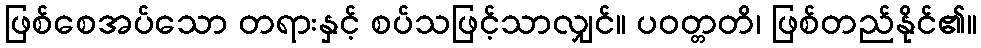
ဖြစ်စေအပ်သော တရားနှင့် စပ်သဖြင့်သာလျှင်။ ပဝတ္တတိ၊ ဖြစ်တည်နိုင်၏။